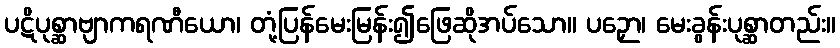
ပဋိပုစ္ဆာဗျာကရဏီယော၊ တုံ့ပြန်မေးမြန်း၍ဖြေဆိုအပ်သော။ ပဉှော၊ မေးခွန်းပုစ္ဆာတည်း။